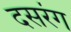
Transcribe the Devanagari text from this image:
दसरंग